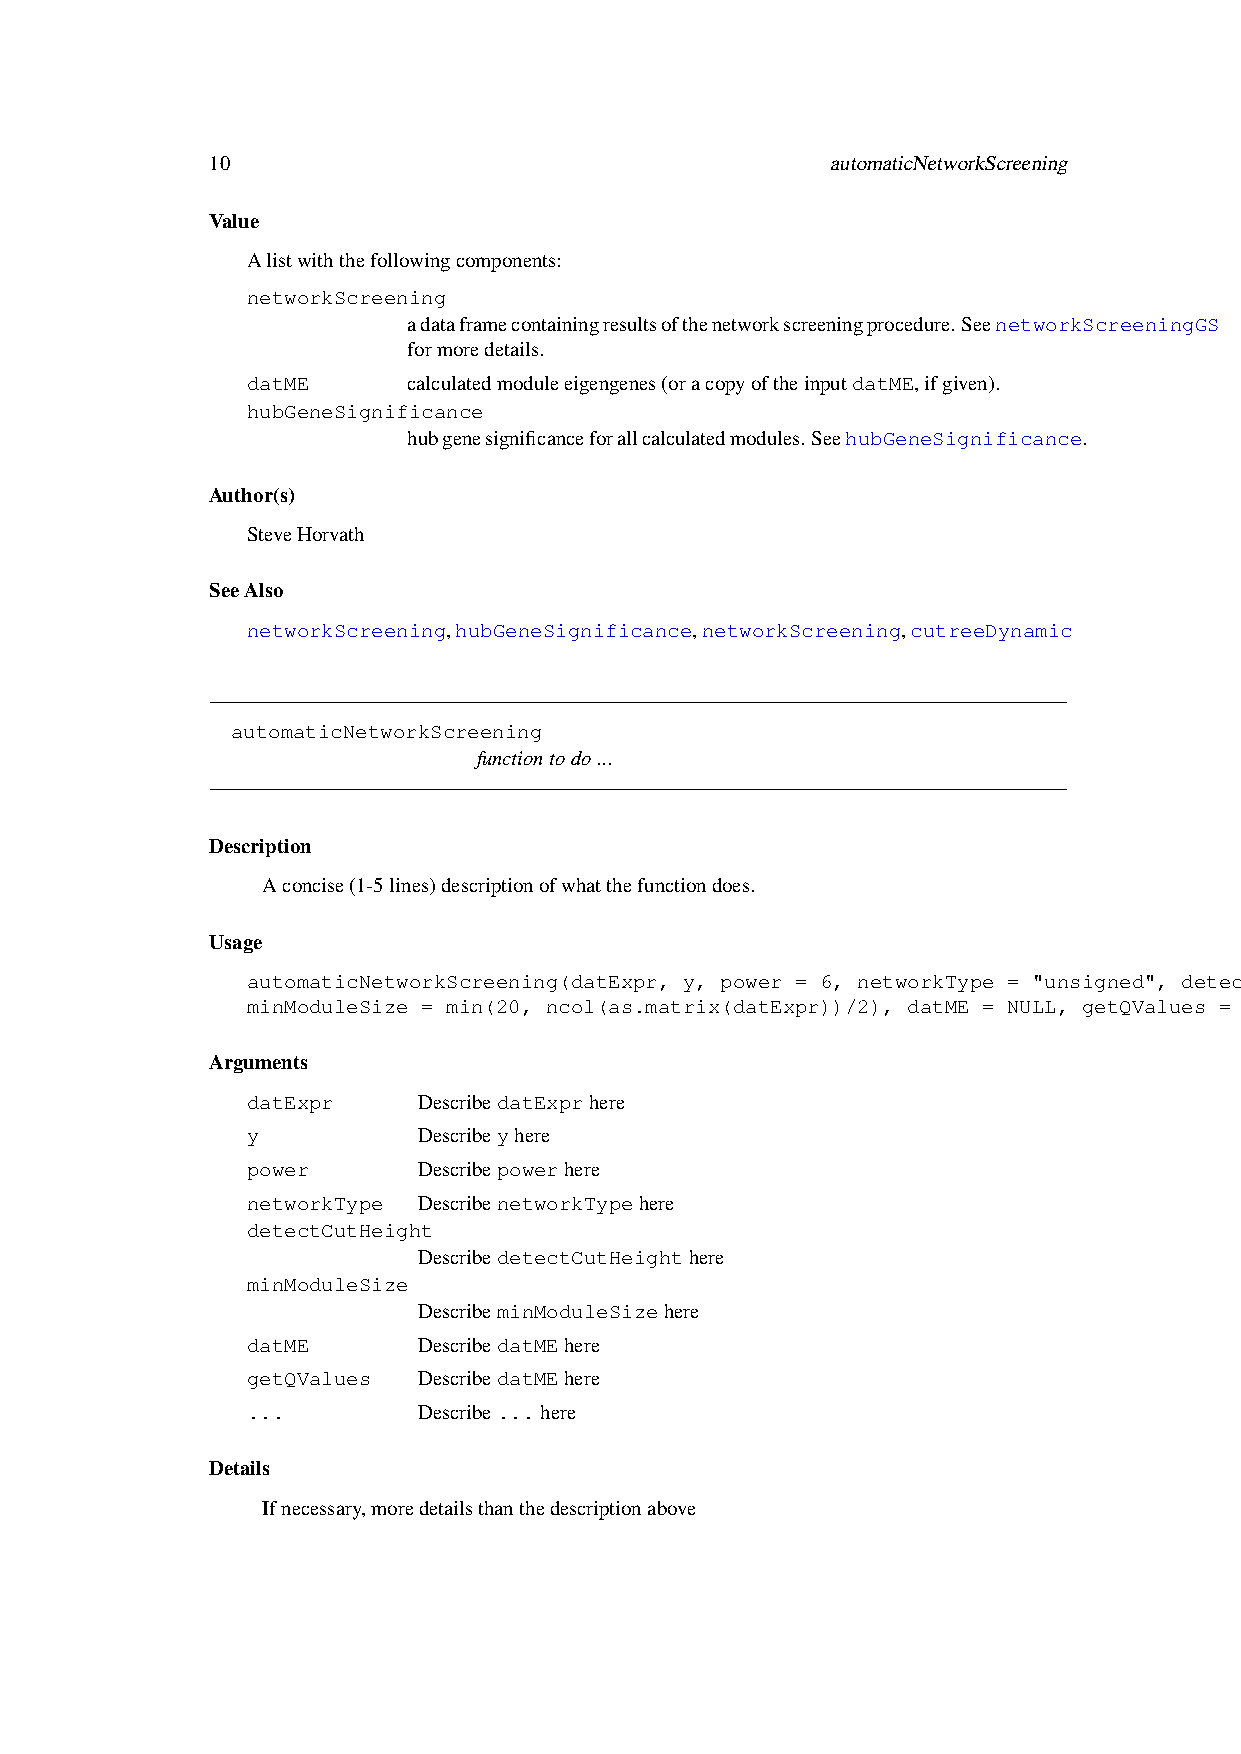
10                                       automaticNetworkScreening
 Value
 Alistwiththefollowingcomponents:
 networkScreening
 adataframecontainingresultsofthenetworkscreeningprocedure.SeenetworkScreeningGS
 formoredetails.
 datME      calculatedmoduleeigengenes(oracopyoftheinputdatME,ifgiven).
 hubGeneSignificance
 hubgenesignificanceforallcalculatedmodules.SeehubGeneSignificance.
 Author(s)
 SteveHorvath
 SeeAlso
 networkScreening,hubGeneSignificance,networkScreening,cutreeDynamic
 automaticNetworkScreening
 functiontodo...
 Description
 Aconcise(1-5lines)descriptionofwhatthefunctiondoes.
 Usage
 automaticNetworkScreening(datExpr, y, power = 6, networkType = "unsigned", detectCutHeight = 0.995,
 minModuleSize = min(20, ncol(as.matrix(datExpr))/2), datME = NULL, getQValues = TRUE, ...)
 Arguments
 datExpr     DescribedatExprhere
 y           Describeyhere
 power       Describepowerhere
 networkType DescribenetworkTypehere
 detectCutHeight
 DescribedetectCutHeighthere
 minModuleSize
 DescribeminModuleSizehere
 datME       DescribedatMEhere
 getQValues  DescribedatMEhere
 ...         Describe... here
 Details
 Ifnecessary,moredetailsthanthedescriptionabove